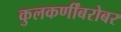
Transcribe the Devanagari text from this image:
कुलकर्णींबरोबर